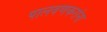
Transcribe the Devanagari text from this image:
पालवणकरांना